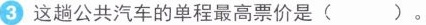
③这趟公共汽车的单程最高票价是()。